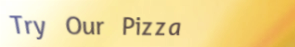
Try Our Pizza